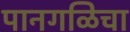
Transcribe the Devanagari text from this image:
पानगळिचा